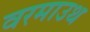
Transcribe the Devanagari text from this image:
वरमाउथ